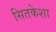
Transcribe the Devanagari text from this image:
सितकेशा